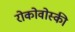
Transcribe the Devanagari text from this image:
रोकोवोस्की